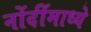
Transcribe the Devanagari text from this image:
नोंदींमाध्ये